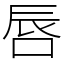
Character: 唇